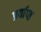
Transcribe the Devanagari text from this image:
प्रर्याप्‍त